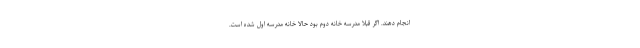
انجام دهند. اگر قبلا مدرسه خانه دوم بود حالا خانه مدرسه اول شده است.